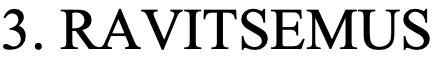
3. RAVITSEMUS